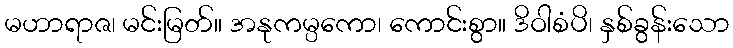
မဟာရာဇ၊ မင်းမြတ်။ အနုကမ္ပကော၊ ကောင်းစွာ။ ဒိဝါစံပိ၊ နှစ်ခွန်းသော